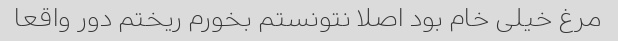
مرغ خیلی خام بود اصلا نتونستم بخورم ریختم دور واقعا